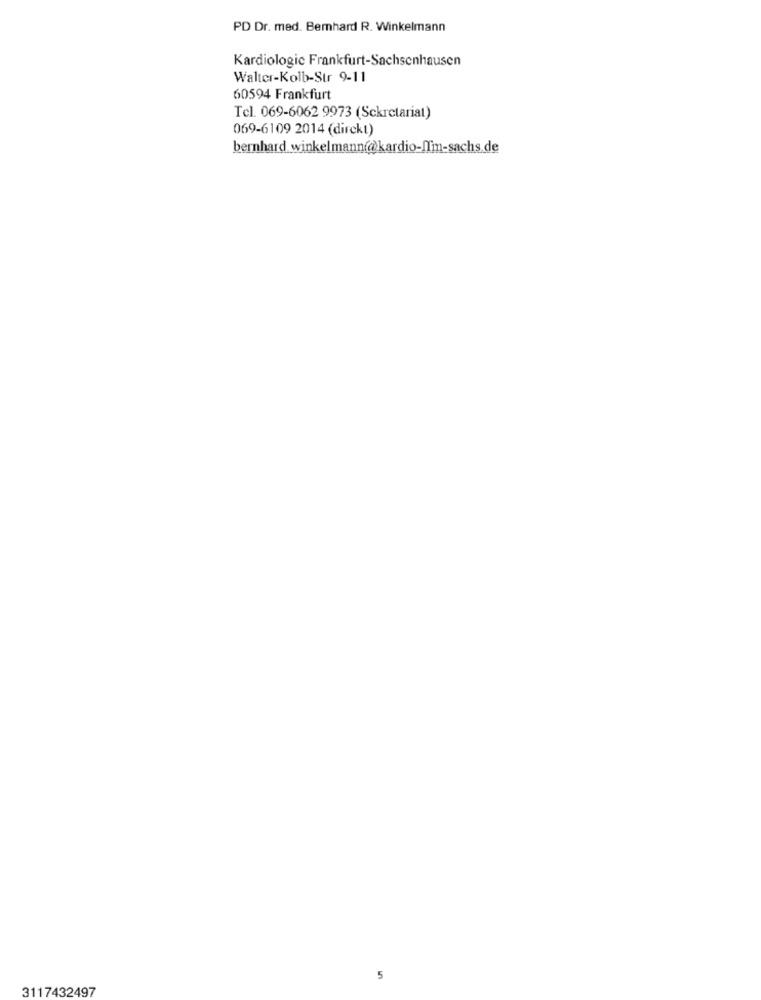
PD Dr. med. Bemhard R. Winkelmann
Kardiologic Frankfurt-Sachsenhausen
Walter-Kolb-Str 9-11
60594 Frankfurt
Tel. 069-6062 9973 (Sekretariat)
069-6109 2014 (direkt)
bernhard winkelmann@kardio-Ifm-sachs.de
5
3117432497